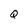
Character: Q